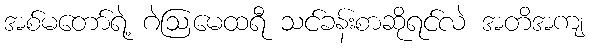
အစ်မတော်ရဲ့ ဂဲဩမေထရီ သင်ခန်းစာဆိုရင်လဲ အတိအကျ